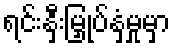
ရင်းနှီးမြှုပ်နှံမှုမှာ